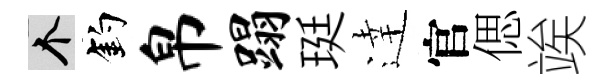
个釣帛蹋珽逹官偲竢